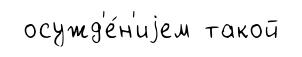
осужд'е́н'иjем такой